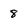
Character: 8